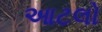
આટલો